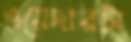
ওয়েদারটা